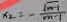
x _ { 2 } = - \frac { \sqrt { m - 1 } } { m - 1 }